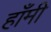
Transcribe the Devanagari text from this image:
हाँमी